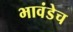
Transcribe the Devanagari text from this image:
भावंडेच